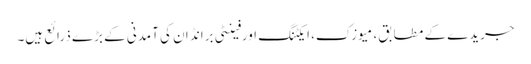
جریدے کے مطابق، میوزک، ایکٹنگ اورفینٹی برانڈ ان کی آمدنی کے بڑے ذرائع ہیں۔